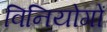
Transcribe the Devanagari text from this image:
विनियोगों